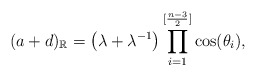
\begin{align*}(a+d)_{\mathbb{R}}=\left(\lambda +\lambda^{-1}\right)\prod_{i=1}^{[\frac{n-3}{2}]} \cos(\theta_i),\end{align*}